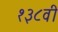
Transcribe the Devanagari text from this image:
१३८वी